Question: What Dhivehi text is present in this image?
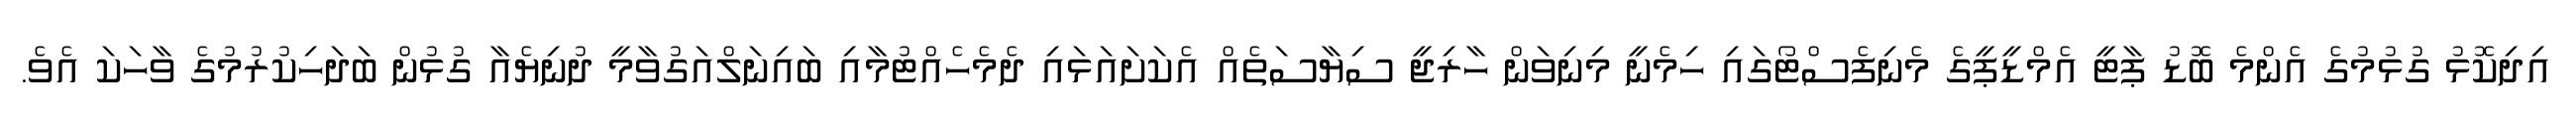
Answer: އިދިކޮޅު ގުޅުމުގެ އެންމެ ބޮޑު ޕާޓީ އެމްޑީޕީގެ މެނިފެސްޓޯގައި ހިމެނީ މިނިވަން ހާރިޖީ ސިޔާސަތެއް އެކަށައަޅައި ދެމެހެއްޓުމާއި ބައިނަލްއަގުވާމީ ދުނިޔެއާ ގުޅުން ބަދަހިކުރުމުގެ ވާހަކަ އެވެ.